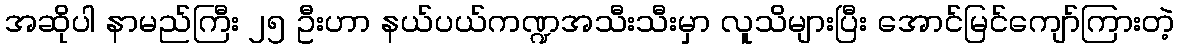
အဆိုပါ နာမည်ကြီး ၂၅ ဦးဟာ နယ်ပယ်ကဏ္ဍအသီးသီးမှာ လူသိများပြီး အောင်မြင်ကျော်ကြားတဲ့